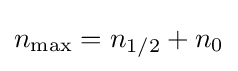
n_{\max }=n_{1/2}+n_{0}